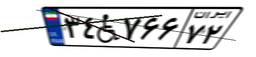
۳۴W۷۶۶۷۲